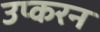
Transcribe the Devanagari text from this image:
उप्करन